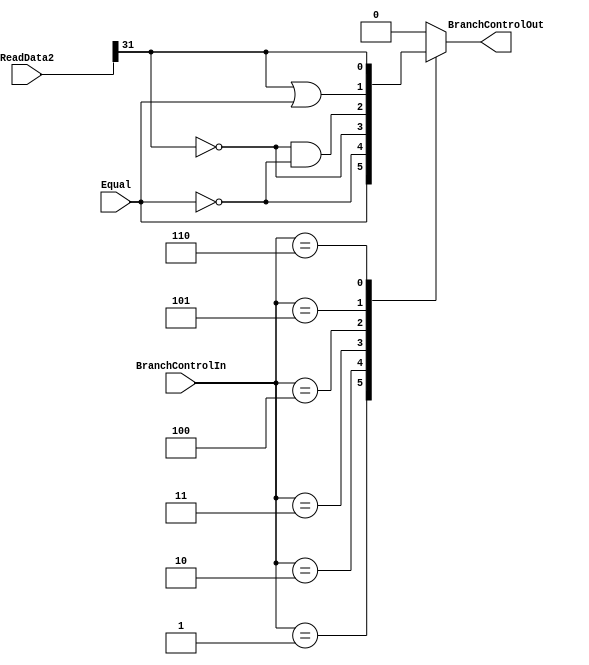
`timescale 1ns / 1ps
//////////////////////////////////////////////////////////////////////////////////
// Company: 
// Engineer: 
// 
// Design Name: 
// Module Name: BranchControl
// Project Name: 
// Target Devices: 
// Tool Versions: 
// Description: 
// 
// Dependencies: 
// 
// Revision:
// Revision 0.01 - File Created
// Additional Comments:
// 
//////////////////////////////////////////////////////////////////////////////////


module BranchControl(ReadData2, Equal, BranchControlIn, BranchControlOut);
    input [31:0] ReadData2;
    input [2:0] BranchControlIn;
    input Equal;
    
    output reg BranchControlOut;
    
    always@(Equal, ReadData2, BranchControlIn) begin
        case(BranchControlIn)
            3'b000: BranchControlOut <= 1'b0;  // not a branch instruction
            3'b001: BranchControlOut <= Equal;  // beq
            3'b010: BranchControlOut <= ~Equal; // bne
            3'b011: BranchControlOut <= ~ReadData2[31]; // bgez
            3'b100: BranchControlOut <= ~ReadData2[31] & ~Equal; // bgtz
            3'b101: BranchControlOut <= ReadData2[31] | Equal; // blez
            3'b110: BranchControlOut <= ReadData2[31]; // bltz
            default: BranchControlOut <= 0;
        endcase
    end
endmodule